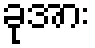
ခုအား